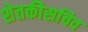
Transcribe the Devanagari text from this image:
शेतकीसचिव